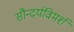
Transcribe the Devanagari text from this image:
सौन्दर्यविमर्श